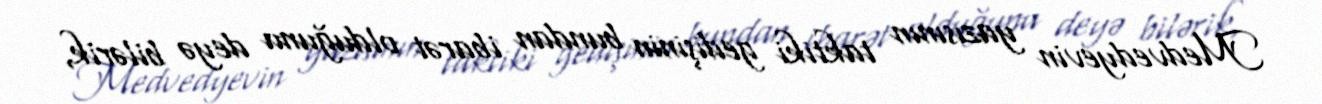
Medvedyevin yazısının taktiki gedişinin bundan ibarət olduğunu deyə bilərik,